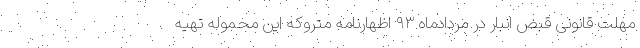
مهلت قانونی قبض انبار در مردادماه ۹۳ اظهارنامه متروکه این محموله تهیه‌